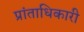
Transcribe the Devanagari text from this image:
प्रांताधिकारी